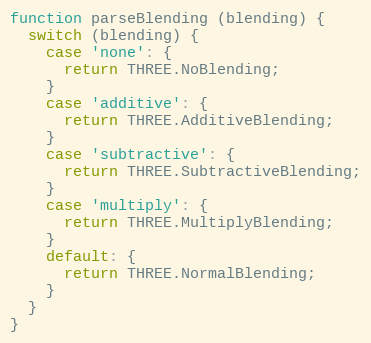
Language: JavaScript
function parseBlending (blending) {
  switch (blending) {
    case 'none': {
      return THREE.NoBlending;
    }
    case 'additive': {
      return THREE.AdditiveBlending;
    }
    case 'subtractive': {
      return THREE.SubtractiveBlending;
    }
    case 'multiply': {
      return THREE.MultiplyBlending;
    }
    default: {
      return THREE.NormalBlending;
    }
  }
}